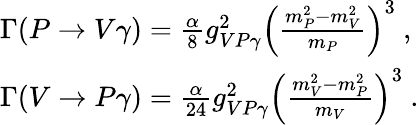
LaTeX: \begin{array}{l}{{\Gamma(P\rightarrow V\gamma)=\frac{\alpha}{8}g_{VP\gamma}^{2}\left(\frac{m_{P}^{2}-m_{V}^{2}}{m_{P}}\right)^{3}\ ,}}\\ {{\Gamma(V\rightarrow P\gamma)=\frac{\alpha}{24}g_{VP\gamma}^{2}\left(\frac{m_{V}^{2}-m_{P}^{2}}{m_{V}}\right)^{3}\ .}}\end{array}